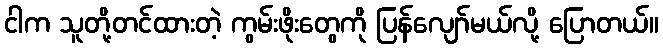
ငါက သူတို့တင်ထားတဲ့ ကွမ်းဖိုးတွေကို ပြန်လျော်မယ်လို့ ပြောတယ်။